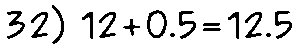
32) 12+0.5=12.5